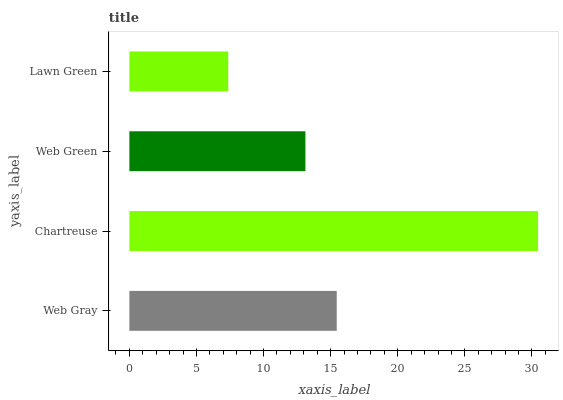
| yaxis_label | bars |
 | --- | --- |
 | Web Gray | 15.5 |
 | Chartreuse | 30.5 |
 | Web Green | 13.1 |
 | Lawn Green | 7.37 |